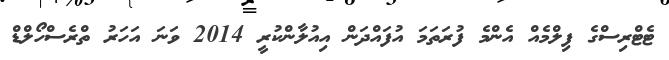
ޓެޓްރިސްގެ ފިލްމެއް އެންމެ ފުރަތަމަ އުފައްދަން އިއުލާންކުރީ 2014 ވަނަ އަހަރު ތްރެސްހޯލްޑް